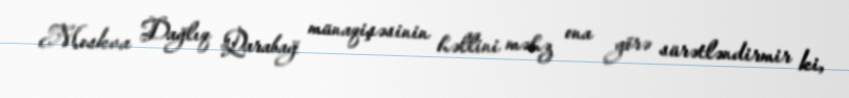
Moskva Dağlıq Qarabağ münaqişəsinin həllini məhz ona görə sürətləndirmir ki,